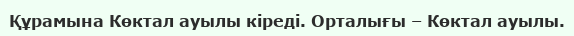
Құрамына Көктал ауылы кіреді. Орталығы – Көктал ауылы.